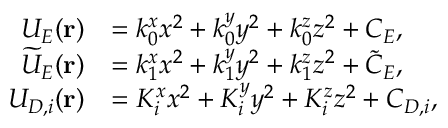
\begin{array} { r l } { U _ { E } ( \mathbf { r } ) } & { = k _ { 0 } ^ { x } x ^ { 2 } + k _ { 0 } ^ { y } y ^ { 2 } + k _ { 0 } ^ { z } z ^ { 2 } + C _ { E } , } \\ { \widetilde { U } _ { E } ( \mathbf { r } ) } & { = k _ { 1 } ^ { x } x ^ { 2 } + k _ { 1 } ^ { y } y ^ { 2 } + k _ { 1 } ^ { z } z ^ { 2 } + \widetilde { C } _ { E } , } \\ { U _ { D , i } ( \mathbf { r } ) } & { = K _ { i } ^ { x } x ^ { 2 } + K _ { i } ^ { y } y ^ { 2 } + K _ { i } ^ { z } z ^ { 2 } + C _ { D , i } , } \end{array}